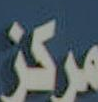
مركز